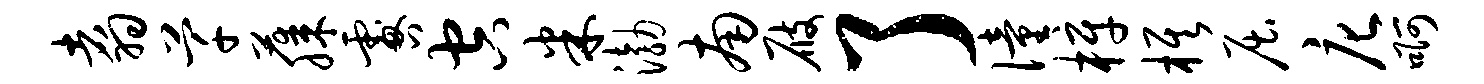
翥芊藤咎空米渤南屐了僮梓旗屈庀啊